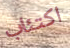
اكتئاب